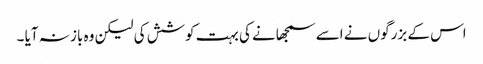
اس کے بزرگوں نے اسے سمجھانے کی بہت کوشش کی لیکن وہ باز نہ آیا ۔